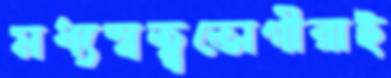
মধ্যস্বত্ব্বভোগীরাই